Civil Veterinary Department Bengal reports 1933-51 - 1933-1951
Year: 1933
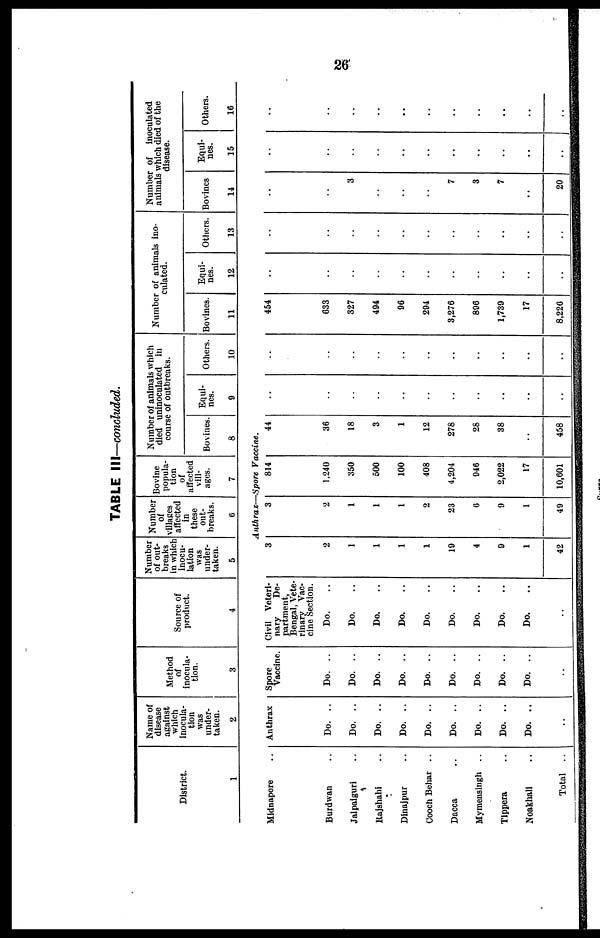
26
TABLE III—concluded.
District.
1
Name of
disease
against
which
inocula-
tion
was
under-
taken.
2
Method
of
inocula-
tion.
3
Source of
product.
4
Number
of out-
breaks
in which
inocu-
lation
was
under-
taken.
5
Number
of
villages
affected
in
these
out-
breaks.
6
Bovine
popula-
tion
of
affected
vill-
ages.
7
Number of animals which
died uninoculated in
course of outbreaks.
Bovines.
8
Equi-
nes.
9
Others.
10
Number of animals ino-
culated.
Bovines.
11
Equi-
nes.
12
Others.
13
Number of
inoculated
animals which died of the
disease.
Bovines
14
Equi-
nes.
15
Others.
16
Anthrax—Spore Vaccine.
Midnapore ..
Burdwan ..
Jalpaiguri ..
Rajshahi ..
Dinajpur ..
Cooch Behar ..
Dacca ..
Mymensingh ..
Tippera ..
Noakhali ..
Total ..
Anthrax
Do. ..
Do. ..
Do. ..
Do. ..
Do. ..
Do. ..
Do. ..
Do. ..
Do. ..
..
Spore
Vaccine.
Do. ..
Do. ..
Do. ..
Do. ..
Do. ..
Do. ..
Do. ..
Do. ..
Do. ..
..
Civil Veteri-
nary
De-
partment,
Bengal, Vete-
rinary Vac-
cine Section.
Do. ..
Do. ..
Do. ..
Do. ..
Do. ..
Do. ..
Do. ..
Do. ..
Do. ..
..
3
2
1
1
1
1
19
4
9
1
42
3
2
1
1
1
2
23
6
9
1
49
814
1,240
350
500
100
408
4,204
946
2,022
17
10,601
44
36
18
3
1
12
278
28
38
..
458
..
..
..
..
..
..
..
..
..
..
..
..
..
..
..
..
..
..
..
..
454
633
327
494
96
294
3,276
896
1,739
17
8,226
..
..
..
..
..
..
..
..
..
..
..
..
..
..
..
..
..
..
..
..
..
3
..
..
..
7
3
7
..
20
..
..
..
..
..
..
..
..
..
..
..
..
..
..
..
..
..
..
..
..